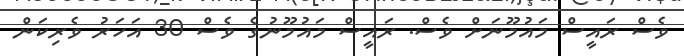
ވެސް ރައީސް މައުމޫނަށް ވެސް. ރައީސް މައުމޫނުގެ ވެސް 30 އަހަރު ވެރިކަން